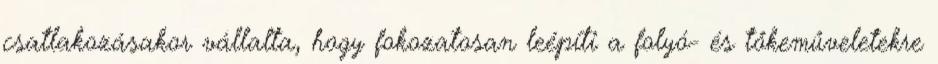
csatlakozásakor vállalta, hogy fokozatosan leépíti a folyó- és tőkeműveletekre